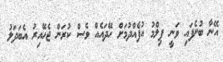
އޭނާ ބުނެފައި ވަނީ ފިލްމު އުފެއްދުމަށް ހޭދައެއް ވެސް ކުރަން ޖެހޭއިރު އެބަދަލު